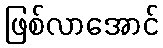
ဖြစ်လာအောင်